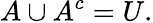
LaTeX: A\cup A^{c}=U.